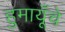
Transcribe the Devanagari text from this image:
हुमायूँचे